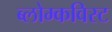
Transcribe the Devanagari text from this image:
ब्लोम्कविस्ट